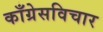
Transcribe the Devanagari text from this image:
काँग्रेसविचार